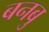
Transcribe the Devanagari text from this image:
बनबु